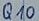
Text: Q10